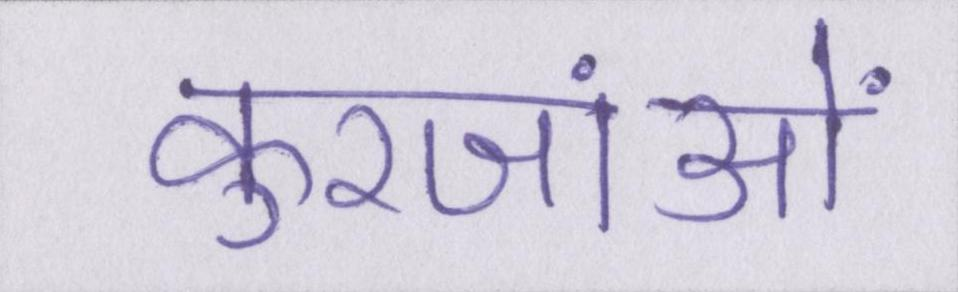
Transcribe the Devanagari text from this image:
कुरजांओं